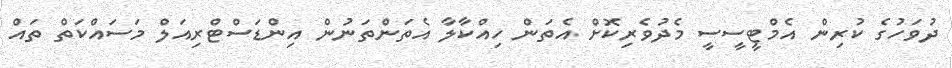
ދުވަހުގެ ކުރިން އެމްޓީސީސީ މެދުވެރިކޮށް އެތަން ހިއްކާލާ އެތަންތަނުން އިންޑަސްޓްރިއަލް މަސައްކަތް ތައް